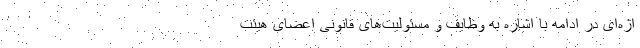
اژه‌ای در ادامه با اشاره به وظایف و مسئولیت‌های قانونی اعضای هیئت